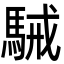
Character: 駴